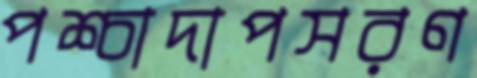
পশ্চাদাপসরণ